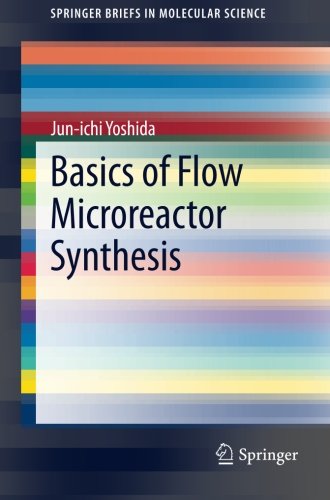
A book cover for Basics of Flow Microreactor Synthesis (SpringerBriefs in Molecular Science); Jun-ichi Yoshida; Science & Math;